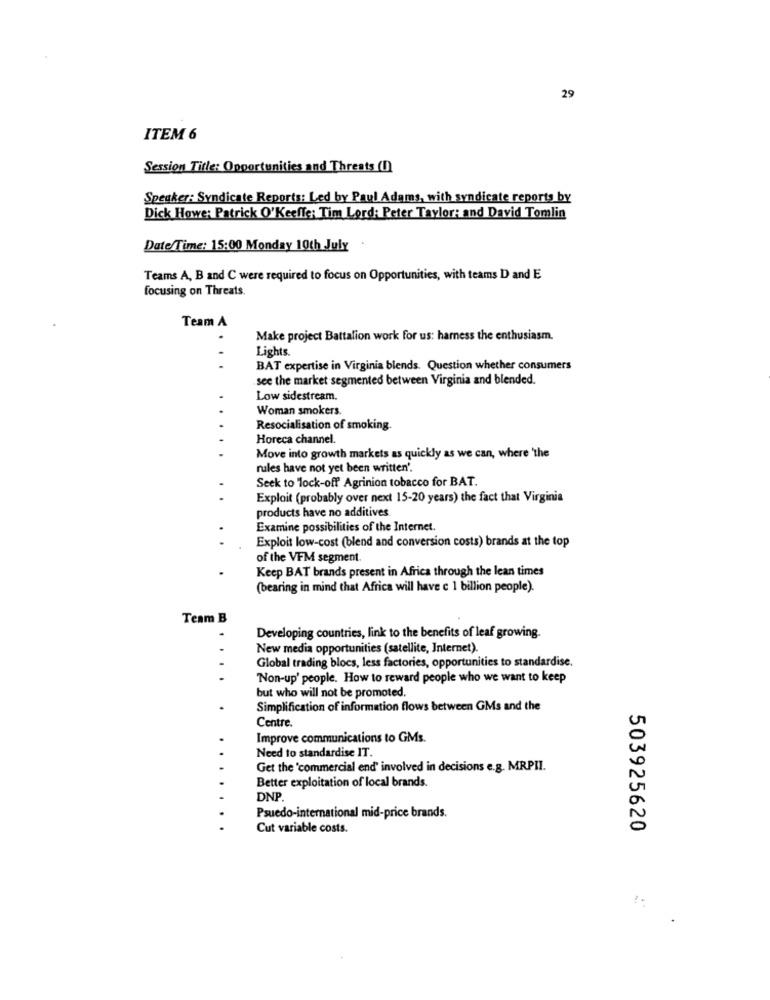
29
ITEM 6
Session Title: Opportunities and Threats (I)
Speaker: Syndicate Reports: Led by Paul Adams, with syndicate reports by
Dick Howe: Patrick O'Keeffe: Tim Lord: Peter Taylor: and David Tomlin
Date/Time: 15:00 Monday 10th July
Teams A, B and C were required to focus on Opportunities, with teams D and E
focusing on Threats.
Team A
Make project Battalion work for us: harness the enthusiasm.
Lights.
-
BAT expertise in Virginia blends. Question whether consumers
.see the market segmented between Virginia and blended.
Low sidestream.
Woman smokers.
Resocialisation of smoking.
Horeca channel.
Move into growth markets as quickly as we can, where 'the
rules have not yet been written'.
Seek to lock-off Agrinion tobacco for BAT.
Exploit (probably over next 15-20 years) the fact that Virginia
products have no additives
Examine possibilities of the Internet.
Exploit low-cost (blend and conversion costs) brands at the top
of the VFM segment.
Keep BAT brands present in Africa through the lean times
(bearing in mind that Africa will have c 1 billion people).
Team B
Developing countries, link to the benefits of leaf growing.
New media opportunities (satellite, Internet)
Global trading blocs, less factories, opportunities to standardise.
Non-up' people. How to reward people who we want to keep
but who will not be promoted.
Simplification of information flows between GMs and the
Centre
Improve communications to GMs.
Need to standardise IT.
Get the 'commercial end' involved in decisions e.g. MRPII.
Better exploitation of local brands.
DNP.
Psuedo-international mid-price brands.
Cut variable costs.
503925620